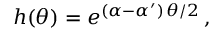
h ( \theta ) = e ^ { ( \alpha - \alpha ^ { \prime } ) \, \theta / 2 } \, ,